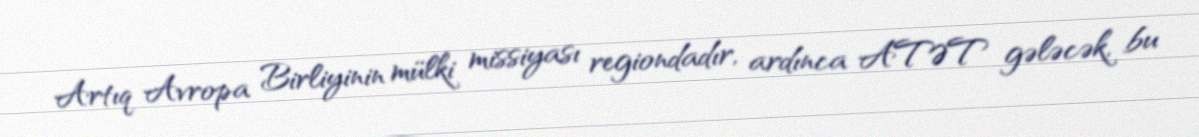
Artıq Avropa Birliyinin mülki missiyası regiondadır, ardınca ATƏT gələcək, bu